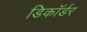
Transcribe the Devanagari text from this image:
डिकॉर्डर